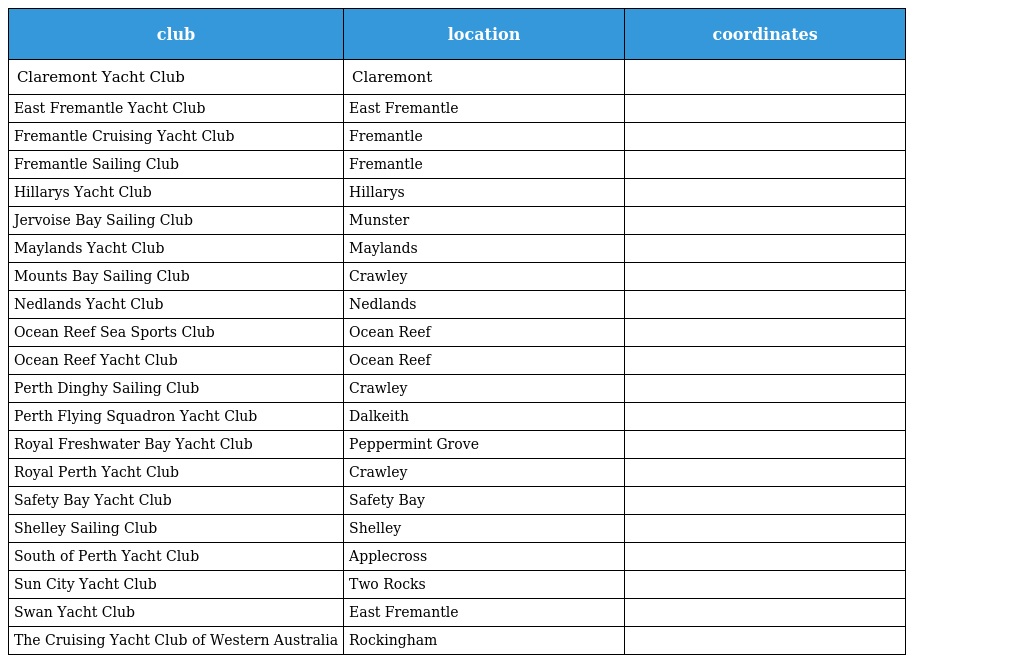
| club | location | coordinates |
 | --- | --- | --- |
 | Claremont Yacht Club | Claremont |  |
 | East Fremantle Yacht Club | East Fremantle |  |
 | Fremantle Cruising Yacht Club | Fremantle |  |
 | Fremantle Sailing Club | Fremantle |  |
 | Hillarys Yacht Club | Hillarys |  |
 | Jervoise Bay Sailing Club | Munster |  |
 | Maylands Yacht Club | Maylands |  |
 | Mounts Bay Sailing Club | Crawley |  |
 | Nedlands Yacht Club | Nedlands |  |
 | Ocean Reef Sea Sports Club | Ocean Reef |  |
 | Ocean Reef Yacht Club | Ocean Reef |  |
 | Perth Dinghy Sailing Club | Crawley |  |
 | Perth Flying Squadron Yacht Club | Dalkeith |  |
 | Royal Freshwater Bay Yacht Club | Peppermint Grove |  |
 | Royal Perth Yacht Club | Crawley |  |
 | Safety Bay Yacht Club | Safety Bay |  |
 | Shelley Sailing Club | Shelley |  |
 | South of Perth Yacht Club | Applecross |  |
 | Sun City Yacht Club | Two Rocks |  |
 | Swan Yacht Club | East Fremantle |  |
 | The Cruising Yacht Club of Western Australia | Rockingham |  |